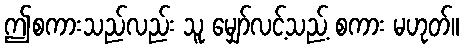
ဤစကားသည်လည်း သူ မျှော်လင့်သည့် စကား မဟုတ်။